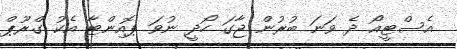
އެސްޓީއޯ ދެ ވަނަ ބުރުން ޖާގަ ހޯދީ ނުވަ ޕޮއިންޓާ އެކު ގްރޫޕް